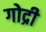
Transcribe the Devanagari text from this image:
गोद्री